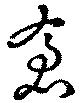
倉